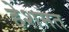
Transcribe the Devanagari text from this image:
हेशमत